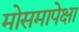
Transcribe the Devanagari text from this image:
मोसमापेक्षा